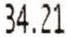
34.21